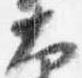
大